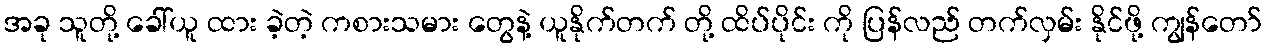
အခု သူတို့ ခေါ်ယူ ထား ခဲ့တဲ့ ကစားသမား တွေနဲ့ ယူနိုက်တက် တို့ ထိပ်ပိုင်း ကို ပြန်လည် တက်လှမ်း နိုင်ဖို့ ကျွန်တော်